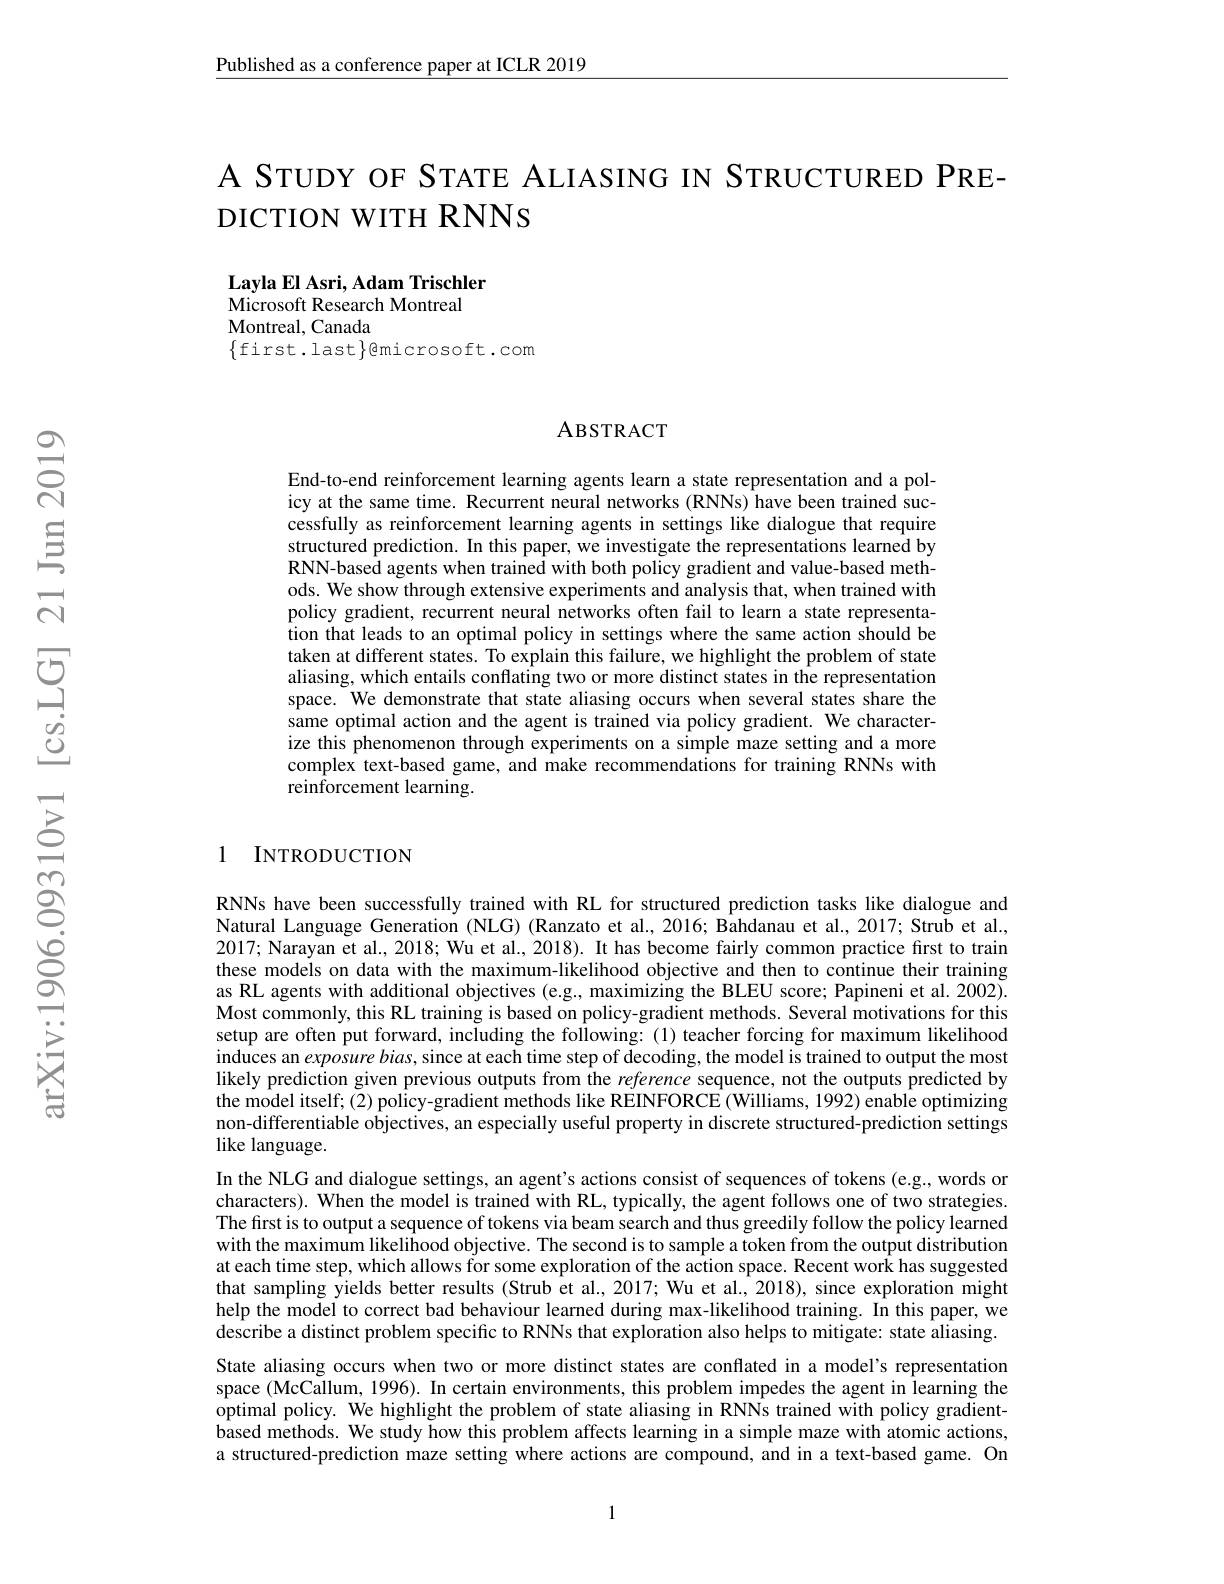
Published as a conference paper at ICLR 2019

A STUDY OF STATE ALIASING IN STRUCTURED PRE-
DICTION WITH RNNS

Layla El Asri, Adam Trischler
Microsoft Research Montreal
Montreal, Canada
$\{$first.last$\}$emicrosoft.com

### ABSTRACT

End-to-end reinforcement learning agents learn a state representation and a policy at the same time. Recurrent neural networks (RNNs) have been trained successfully as reinforcement learning agents in settings like dialogue that require structured prediction. In this paper, we investigate the representations learned by RNN-based agents when trained with both policy gradient and value-based methods. We show through extensive experiments and analysis that, when trained with policy gradient, recurrent neural networks often fail to learn a state representation that leads to an optimal policy in settings where the same action should be taken at different states. To explain this failure, we highlight the problem of state aliasing, which entails conflating two or more distinct states in the representation space. We demonstrate that state aliasing occurs when several states share the same optimal action and the agent is trained via policy gradient. We characterize this phenomenon through experiments on a simple maze setting and a more complex text-based game, and make recommendations for training RNNs with reinforcement learning.

## 1 INTRODUCTION

RNNs have been successfully trained with RL for structured prediction tasks like dialogue and Natural Language Generation (NLG) (Ranzato et al., 2016; Bahdanau et al., 2017; Strub et al., 2017; Narayan et al., 2018; Wu et al., 2018). It has become fairly common practice first to train these models on data with the maximum-likelihood objective and then to continue their training as RL agents with additional objectives (e.g, maximizing the BLEU score; Papineni et al. 2002). Most commonly, this RL training is based on policy-gradient methods. Several motivations for this setup are often put forward, including the following: (1) teacher forcing for maximum likelihood induces an exposure bias, since at each time step of decoding, the model is trained to output the most likely prediction given previous outputs from the reference sequence, not the outputs predicted by the model itself; (2) policy-gradient methods like REINFORCE (Williams, 1992) enable optimizing non-differentiable objectives, an especially useful property in discrete structured-prediction settings like language.
In the NLG and dialogue settings, an agent's actions consist of sequences of tokens (e.g., words or characters). When the model is trained with RL, typically, the agent follows one of two strategies. The first is to output a sequence of tokens via beam search and thus greedily follow the policy learned with the maximum likelihood objective. The second is to sample a token from the output distribution at each time step, which allows for some exploration of the action space. Recent work has suggested that sampling yields better results (Strub et al., 2017; Wu et al., 2018), since exploration might help the model to correct bad behaviour learned during max-likelihood training. In this paper, we $\hat{\text{describe a distinct problem specific to RNNs that exploration also helps to mitigate: state aliasing.}}$ State aliasing occurs when two or more distinct states are conflated in a model's representation space (McCallum, 1996). In certain environments, this problem impedes the agent in learning the optimal policy. We highlight the problem of state aliasing in RNNs trained with policy gradientbased methods. We study how this problem affects learning in a simple maze with atomic actions, a structured-prediction maze setting where actions are compound, and in a text-based game. On

1